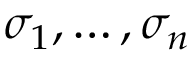
\sigma _ { 1 } , \ldots , \sigma _ { n }